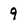
Character: 9